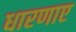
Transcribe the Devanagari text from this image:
धारणाए